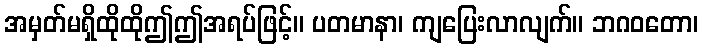
အမှတ်မရှိထိုထိုဤဤအရပ်ဖြင့်။ ပတမာနာ၊ ကျပြေးလာလျက်။ ဘဂဝတော၊